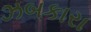
ઝબકારા